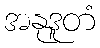
အနုဒူတံ